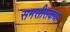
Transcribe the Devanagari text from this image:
समसीसकथा